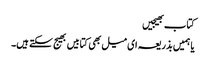
کتاب بھیجیں
یا ہمیں بذریعہ ای میل بھی کتابیں بھیج سکتے ہیں۔